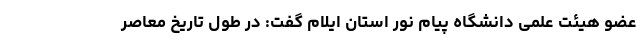
عضو هیئت علمی دانشگاه پیام نور استان ایلام گفت: در طول تاریخ معاصر